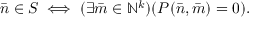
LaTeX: { \bar { n } } \in S \iff ( \exists { \bar { m } } \in \mathbb { N } ^ { k } ) ( P ( { \bar { n } } , { \bar { m } } ) = 0 ) .